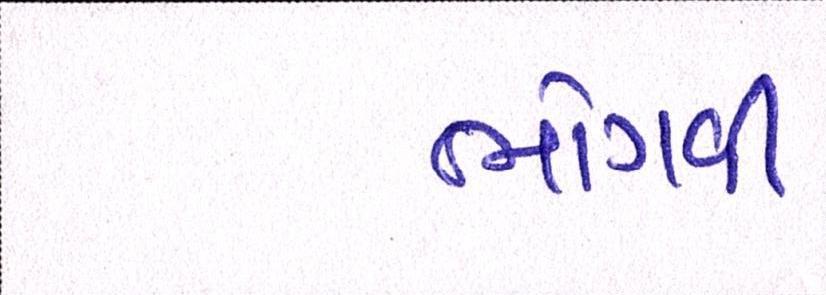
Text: ભોગવી